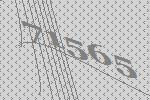
71565